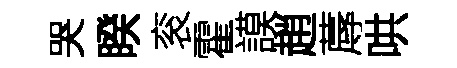
哭睽衮霍謨趙蓐哄